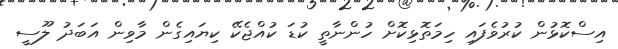
އިސްކޮޅުން ކުރުވެފައި ހިމަތޮޅިކޮށް ހުންނާތީ ކުޑަ ކުއްޖެކޭ ކިޔައިގެން މާވިން އަބަދު ލޫސީ